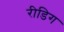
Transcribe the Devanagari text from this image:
रीडिग